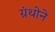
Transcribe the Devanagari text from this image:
ग्रंथोने